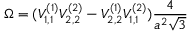
\Omega = ( { \cal V } _ { 1 , 1 } ^ { ( 1 ) } { \cal V } _ { 2 , 2 } ^ { ( 2 ) } - { \cal V } _ { 2 , 2 } ^ { ( 1 ) } { \cal V } _ { 1 , 1 } ^ { ( 2 ) } ) \frac { 4 } { a ^ { 2 } \sqrt { 3 } }